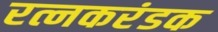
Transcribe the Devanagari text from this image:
रत्नकरंडक